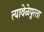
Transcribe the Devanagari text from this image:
त्यावेळेपुरता